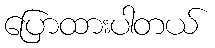
ပြောထားပါတယ်